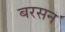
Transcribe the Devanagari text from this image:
बरसन